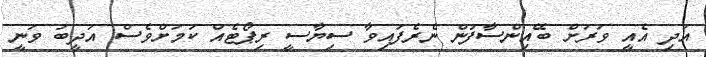
އަދި އެއީ ވަރަށް ބޭއިންސާފުން ނެރެފައިވާ ސިޔާސީ ރިޕޯޓެއް ކަމަށްވެސް އަދީބު ވަނީ